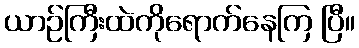
ယာဉ်ကြီးထဲကိုရောက်နေကြ ပြီ။